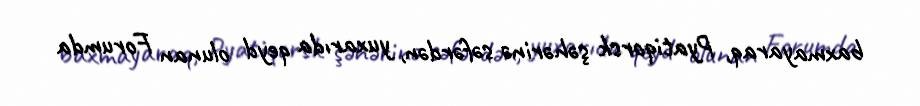
baxmayaraq, Pyatiqorsk şəhərinə səfərdən, yuxarıda qeyd olunan Forumda